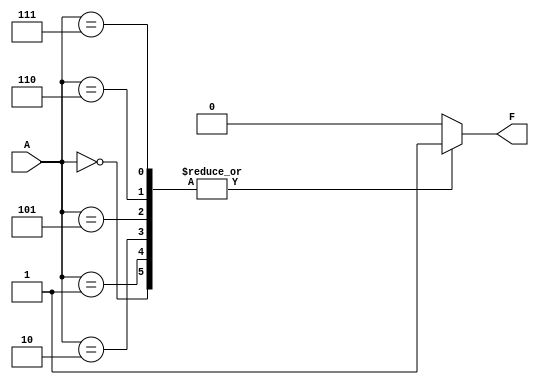
module prime_implicant (
    input wire [3:0] A,  // 4-bit input for 4 variables
    output reg F         // Output of the minimized function
);

// Define the minterms for the function (example: F = (0, 1, 2, 5, 6, 7))
always @(*) begin
    case (A)
        4'b0000: F = 1'b1; // minterm 0
        4'b0001: F = 1'b1; // minterm 1
        4'b0010: F = 1'b1; // minterm 2
        4'b0101: F = 1'b1; // minterm 5
        4'b0110: F = 1'b1; // minterm 6
        4'b0111: F = 1'b1; // minterm 7
        default: F = 1'b0; // all other minterms
    endcase
end

endmodule